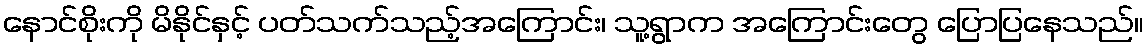
နောင်စိုးကို မိနိုင်နှင့် ပတ်သက်သည့်အကြောင်း၊ သူ့ရွာက အကြောင်းတွေ ပြောပြနေသည်။